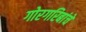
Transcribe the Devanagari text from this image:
गोरगरिबांचे